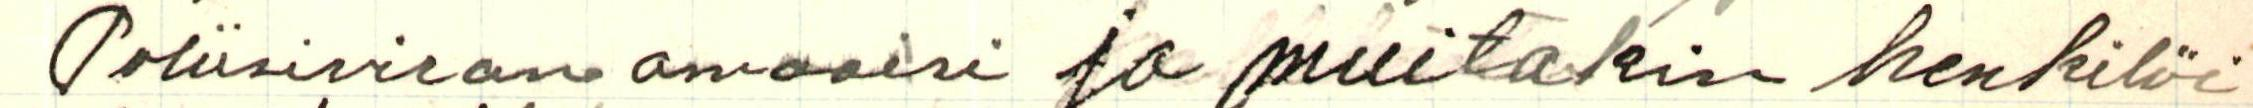
Poliisiviranomaaisi ja muitakin henkilöi